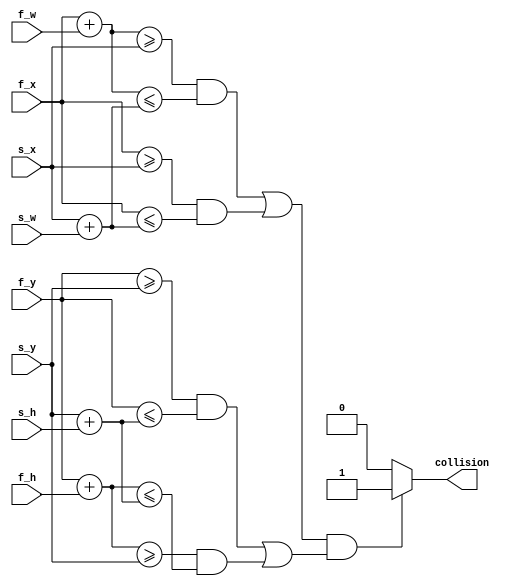
module is_collide
	(
//		input direction,                // current direction of first object
		input wire [9:0] f_x, f_y,      // first_object x/y
		input wire [9:0] s_x, s_y,      // second_object x/y
		input wire [9:0]f_h, f_w,      // first_object height/width
		input wire [9:0]s_h, s_w,      // second_object height/width
		output wire collision           // is the two object cl
    );
	reg collide=0;

    localparam LEFT = 0;
    localparam RIGHT = 1;
	
    always @* 
        begin                
            if((((f_x+f_w)>=(s_x)&&(f_x+f_w)<=(s_x+s_w))||((f_x)>=(s_x)&&(f_x)<=(s_x+s_w)))
                &&((f_y)>=(s_y)&&(f_y)<=(s_y+s_h)||(f_y+f_h)>=(s_y)&&(f_y+f_h)<=(s_y+s_h)))
                    collide = 1;
            else 
                    collide = 0;            
        end

    assign collision=collide;
endmodule